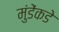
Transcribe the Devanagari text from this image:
मुंडेंकडे